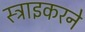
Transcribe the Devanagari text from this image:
स्ट्राइकरने